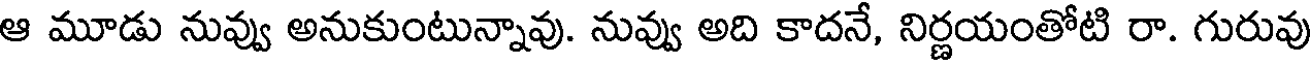
ఆ మూడు నువ్వు అనుకుంటున్నావు. నువ్వు అది కాదనే, నిర్ణయంతోటి రా. గురువు